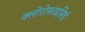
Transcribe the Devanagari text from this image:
क्लोरोफाइसिई